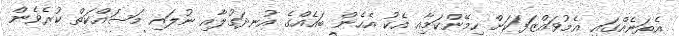
އެތަނެއްގައި އެމުވައްޒަފަކަށް ހިމޭންކަމާއި އެކު އެހެން ބައެއްގެ އުނދަގުލާއި ނުލައި މަސައްކަތް ކުރެވެން